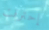
إحترقت